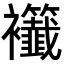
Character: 𧟖